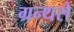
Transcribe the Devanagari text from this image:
ग्रन्थसे